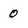
Character: 0